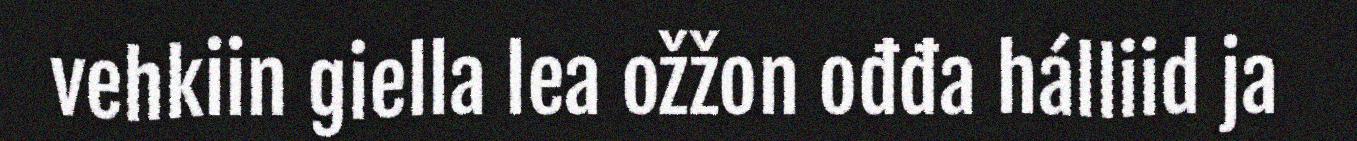
vehkiin giella lea ožžon ođđa hálliid ja